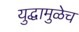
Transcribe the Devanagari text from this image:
युद्धामुळेच